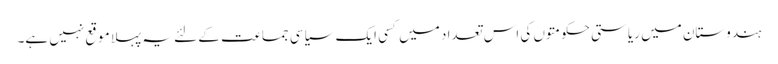
ہندوستان میں ریاستی حکومتوں کی اس تعداد میں کسی ایک سیاسی جماعت کے لئے یہ پہلا موقع نہیں ہے۔